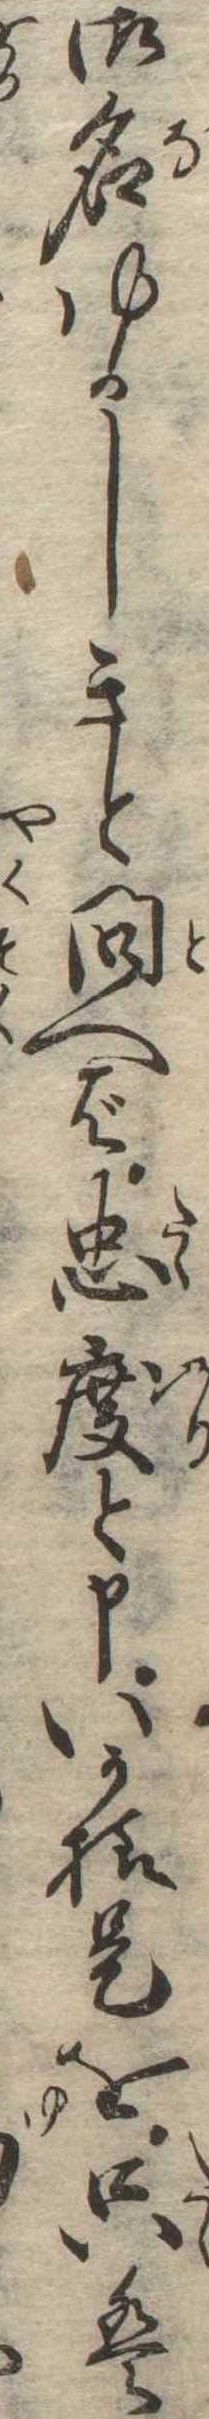
御名ゆかしきと問へば忠度と申いか様是を只は